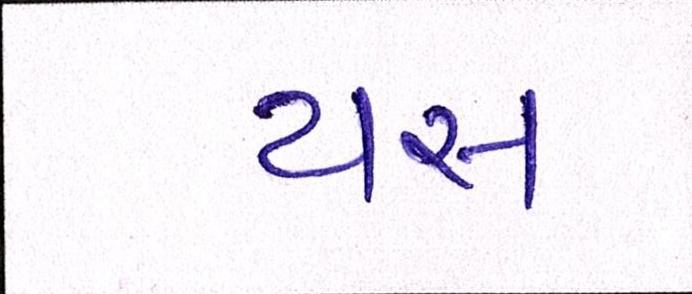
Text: યસ